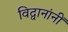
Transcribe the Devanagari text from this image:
विद्वानांनीं